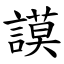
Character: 謨